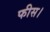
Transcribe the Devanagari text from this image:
फीस।